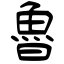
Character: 魯